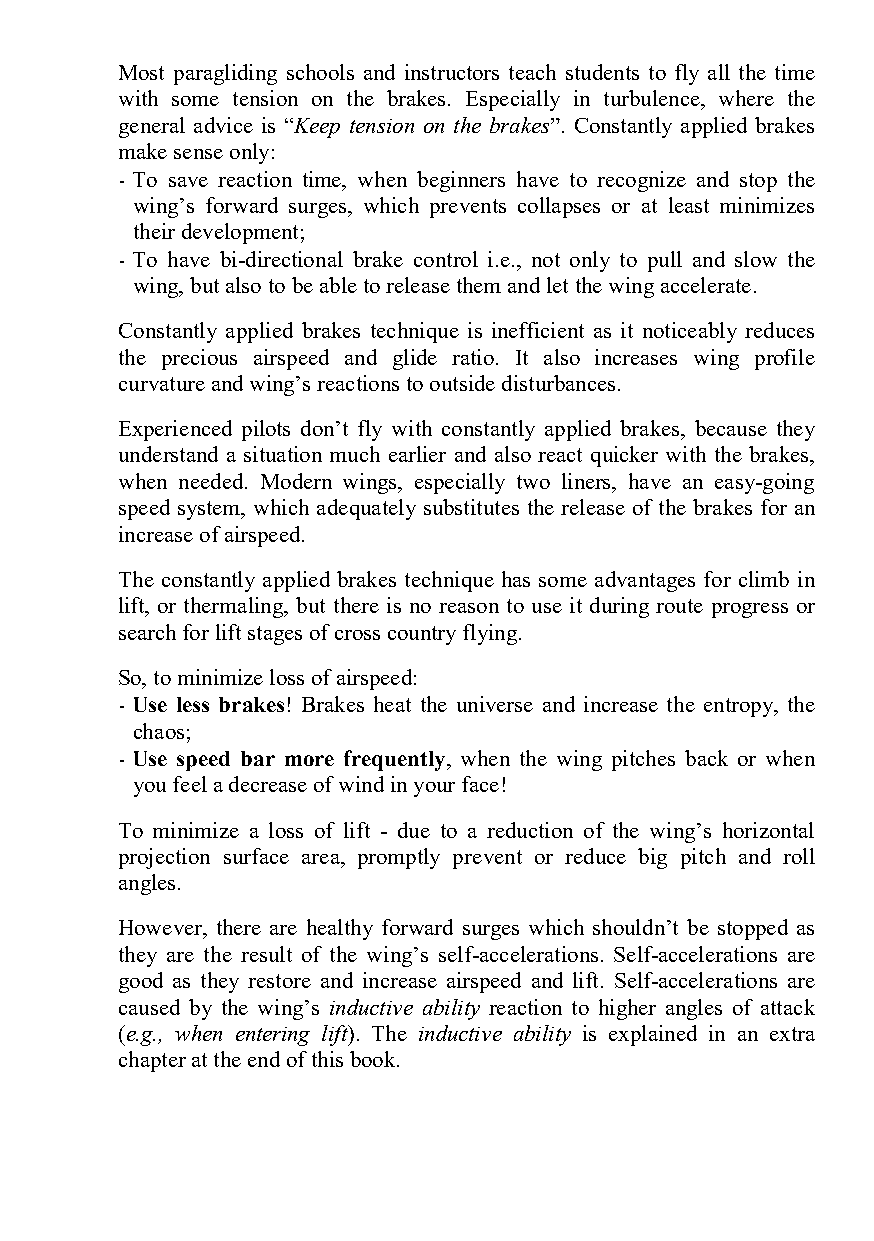
Most paragliding schools and instructors teach students to fly all the time
 with some tension on the brakes. Especially in turbulence, where the
 general advice is “Keep tension on the brakes”. Constantly applied brakes
 make sense only:
 - To save reaction time, when beginners have to recognize and stop the
 wing’s forward surges, which prevents collapses or at least minimizes
 their development;
 - To have bi-directional brake control i.e., not only to pull and slow the
 wing, but also to be able to release them and let the wing accelerate.
 Constantly applied brakes technique is inefficient as it noticeably reduces
 the precious airspeed and glide ratio. It also increases wing profile
 curvature and wing’s reactions to outside disturbances.
 Experienced pilots don’t fly with constantly applied brakes, because they
 understand a situation much earlier and also react quicker with the brakes,
 when needed. Modern wings, especially two liners, have an easy-going
 speed system, which adequately substitutes the release of the brakes for an
 increase of airspeed.
 The constantly applied brakes technique has some advantages for climb in
 lift, or thermaling, but there is no reason to use it during route progress or
 search for lift stages of cross country flying.
 So, to minimize loss of airspeed:
 - Use less brakes! Brakes heat the universe and increase the entropy, the
 chaos;
 - Use speed bar more frequently, when the wing pitches back or when
 you feel a decrease of wind in your face!
 To minimize a loss of lift - due to a reduction of the wing’s horizontal
 projection surface area, promptly prevent or reduce big pitch and roll
 angles.
 However, there are healthy forward surges which shouldn’t be stopped as
 they are the result of the wing’s self-accelerations. Self-accelerations are
 good as they restore and increase airspeed and lift. Self-accelerations are
 caused by the wing’s inductive ability reaction to higher angles of attack
 (e.g., when entering lift). The inductive ability is explained in an extra
 chapter at the end of this book.